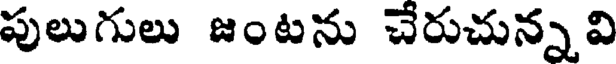
పులుగులు జంటను చేరుచున్న వి